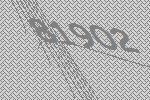
81902